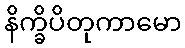
နိက္ခိပိတုကာမော